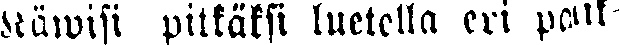
Käwisi pitkäksi luetella eri paik-